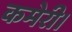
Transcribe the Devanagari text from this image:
कमेरी।